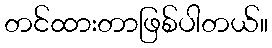
တင်ထားတာဖြစ်ပါတယ်။